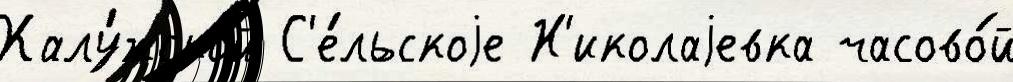
Калу́жской С'е́льскоjе Н'иколаjевка часово́й